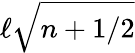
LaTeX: \ell\sqrt{n+1/2}